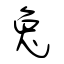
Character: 兔